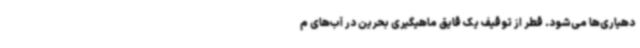
دهیاری‌ها می‌شود. قطر از توقیف یک قایق ماهیگیری بحرین در آب‌های م